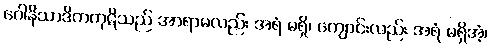
ဂေါနိသာဒိကကုဋိသည် အာရာမလည်း အရံ မရှိ၊ ကျောင်းလည်း အရံ မရှိအံ့၊